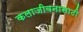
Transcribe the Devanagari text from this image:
कलाजीवनासाठी